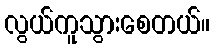
လွယ်ကူသွားစေတယ်။